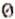
0